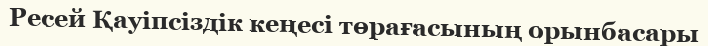
Ресей Қауіпсіздік кеңесі төрағасының орынбасары